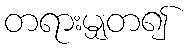
တရားမျှတ၍